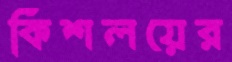
কিশলয়ের